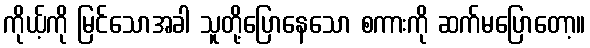
ကိုယ့်ကို မြင်သောအခါ သူတို့ပြောနေသော စကားကို ဆက်မပြောတော့။